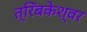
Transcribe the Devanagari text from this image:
त्रिंबकेश्वर